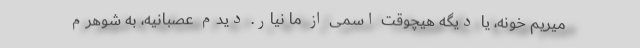
میریم خونه، یا دیگه هیچوقت اسمی از ما نیار. دیدم عصبانیه، به شوهرم